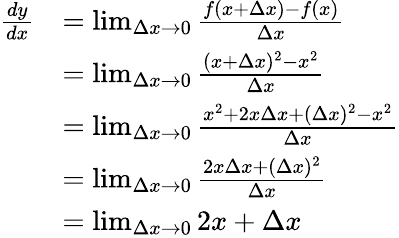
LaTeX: {\begin{array}{rl}{{\frac{dy}{dx}}}&{=\operatorname*{lim}_{\Delta x\to 0}{\frac{f(x+\Delta x)-f(x)}{\Delta x}}}\\ &{=\operatorname*{lim}_{\Delta x\to 0}{\frac{(x+\Delta x)^{2}-x^{2}}{\Delta x}}}\\ &{=\operatorname*{lim}_{\Delta x\to 0}{\frac{x^{2}+2x\Delta x+(\Delta x)^{2}-x^{2}}{\Delta x}}}\\ &{=\operatorname*{lim}_{\Delta x\to 0}{\frac{2x\Delta x+(\Delta x)^{2}}{\Delta x}}}\\ &{=\operatorname*{lim}_{\Delta x\to 0}2x+\Delta x}\end{array}}